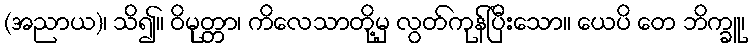
(အညာယ)၊ သိ၍။ ဝိမုတ္တာ၊ ကိလေသာတို့မှ လွတ်ကုန်ပြီးသော။ ယေပိ တေ ဘိက္ခူ၊